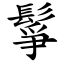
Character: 鬇